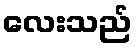
လေးသည်